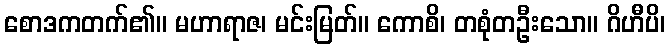
စောဒကတက်၏။ မဟာရာဇ၊ မင်းမြတ်။ ကောစိ၊ တစုံတဦးသော။ ဂိဟီပိ၊